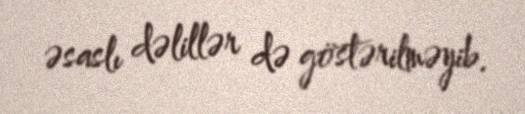
əsaslı dəlillər də göstərilməyib.